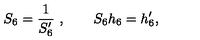
S _ { 6 } = { \frac { 1 } { S _ { 6 } ^ { \prime } } } \ , \qquad S _ { 6 } h _ { 6 } = h _ { 6 } ^ { \prime } ,